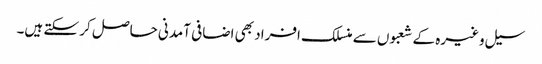
سیل وغیرہ کے شعبوں سے منسلک افراد بھی اضافی آمدنی حاصل کر سکتے ہیں۔